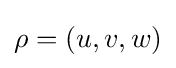
\mathbf {\rho } =(u,v,w)